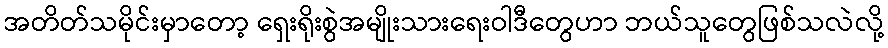
အတိတ်သမိုင်းမှာတော့ ရှေးရိုးစွဲအမျိုးသားရေးဝါဒီတွေဟာ ဘယ်သူတွေဖြစ်သလဲလို့